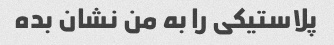
پلاستیکی را به من نشان بده